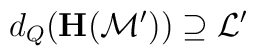
d_Q \big(\textbf{H}(\mathcal{M}')\big) \supseteq \mathcal{L}'